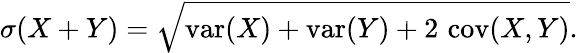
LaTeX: \sigma(X+Y)={\sqrt{\operatorname{var}(X)+\operatorname{var}(Y)+2\, \operatorname{cov}(X,Y)}}.